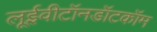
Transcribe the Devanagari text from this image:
लूईवीटॉनडॉटकॉम